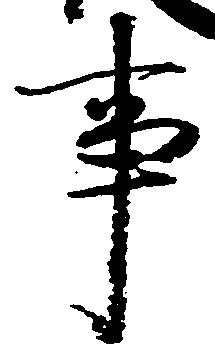
事